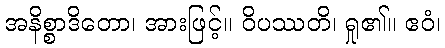
အနိစ္စာဒိတော၊ အားဖြင့်။ ဝိပဿတိ၊ ရှု၏။ ဧဝံ၊